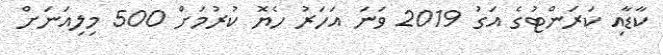
ކާޑާއި ކަރަންޓުގެ އަގު 2019 ވަނަ އަހަރު ހެޔޮ ކުރުމަށް 500 މިލިއަނަށް